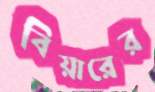
বিয়ারের